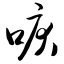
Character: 唳